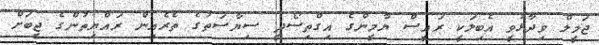
ޖަމީލް ވިދާޅުވީ އެބިލަކީ ރައީސް ޔާމީންގެ އިގްތިސޯދީ ސިޔާސަތުގެ ތެރެއިން ރައްޔިތުންގެ ޖީބަށް